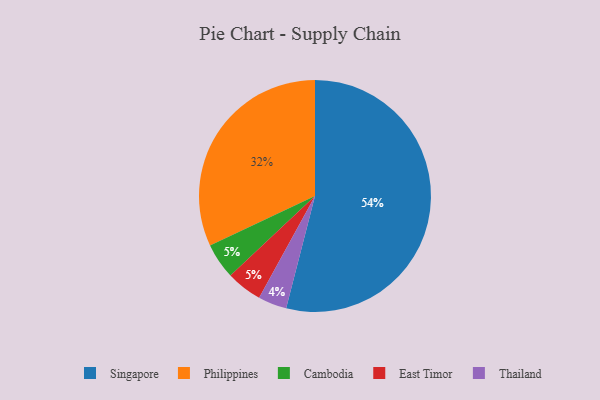
{"axis": {"x": "Category", "y": "Percentage"}, "legend": ["Cambodia", "East Timor", "Philippines", "Singapore", "Thailand"], "data": [{"x": "Singapore", "y": 54, "type": "Singapore"}, {"x": "Cambodia", "y": 5, "type": "Cambodia"}, {"x": "Thailand", "y": 4, "type": "Thailand"}, {"x": "Philippines", "y": 32, "type": "Philippines"}, {"x": "East Timor", "y": 5, "type": "East Timor"}]}